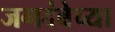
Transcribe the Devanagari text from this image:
जगदंबेच्या